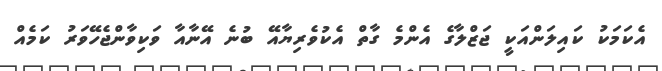
އެކަމަކު ކައިލަންއަކީ ޖަޒްލާގެ އެންމެ ގާތް އެކުވެރިޔާއޭ ބުނެ އޭނާއާ ވަކިވާންޖެހޭވަރު ކަމެއް